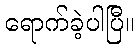
ရောက်ခဲ့ပါပြီ။